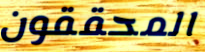
المحققون